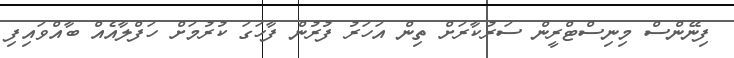
ފިނޭންސް މިނިސްޓްރީން ސަރުކާރަށް ތިން އަހަރު ފުރުން ފާހަގަ ކުރުމަށް ހަފްލާއެއް ބާއްވައިފި